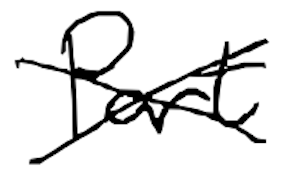
Text: part
Cross-out: cross
Writing tool: digital_black